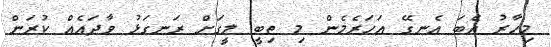
މިހާރު އެބަ އެނގޭ އަހަރެމެން މި ތިބީ ލީގަށް ރަނގަޅު ވާދައެއް ކުރަން